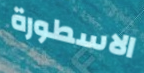
الاسطورة